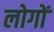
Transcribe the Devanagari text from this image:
लोगोंॱ